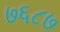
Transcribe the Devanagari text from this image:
७६८७